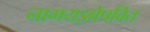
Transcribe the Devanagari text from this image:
नागयज्ञोपवित